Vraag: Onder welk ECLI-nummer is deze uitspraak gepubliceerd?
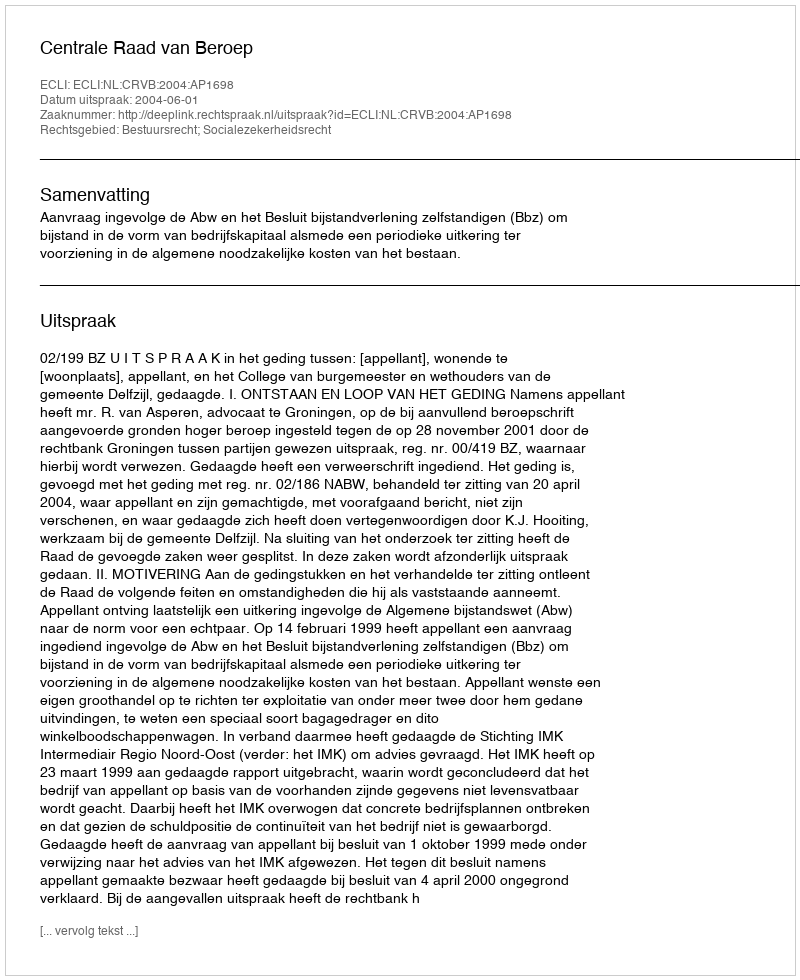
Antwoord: ECLI:NL:CRVB:2004:AP1698